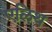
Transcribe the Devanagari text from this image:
एलिथ